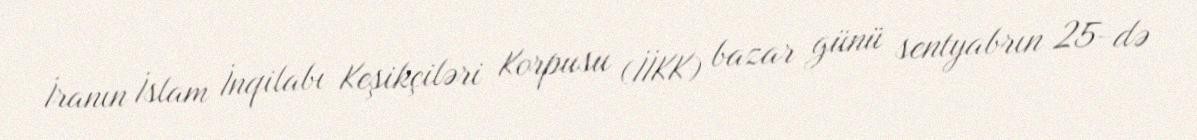
İranın İslam İnqilabı Keşikçiləri Korpusu (İİKK) bazar günü sentyabrın 25-də